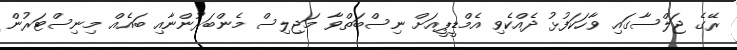
ރޭގެ ޖަލްސާގައި ވާހަކަފުޅު ދެއްކެވި އެމްޑީޕީއަށް ނިސްބަތްވާ މަޖިލިސް މެންބަރުންނާއި ބައެއް މިނިސްޓަރުން